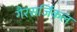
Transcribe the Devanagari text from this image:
गैरसर्जिकल